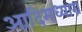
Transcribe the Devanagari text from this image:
आदिमध्याग्र